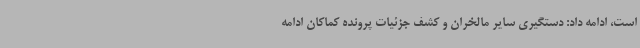
است، ادامه داد: دستگیری سایر مالخران و کشف جزئیات پرونده کماکان ادامه